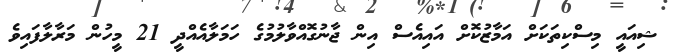
ޝިއައީ މިސްކިތަކަށް އަމާޒުކޮށް އައިއެސް އިން ޖާނުގޮއްވާލުމުގެ ހަމަލާއެއްދީ 21 މީހުން މަރާލާފައިވެެ